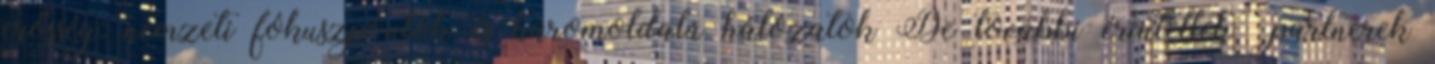
erősség: nemzeti fókuszpontok és háromoldalú hálózatok De további érintettek partnerek